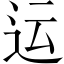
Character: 运